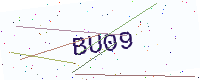
Text: BU09